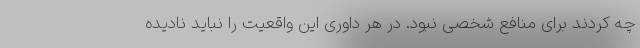
چه کردند برای منافع شخصی نبود. در هر داوری این واقعیت را نباید نادیده